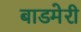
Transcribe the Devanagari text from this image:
बाडमेरी